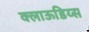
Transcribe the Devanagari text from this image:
क्लाऊडिय्स